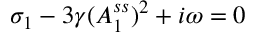
\sigma _ { 1 } - 3 \gamma ( A _ { 1 } ^ { s s } ) ^ { 2 } + i \omega = 0